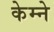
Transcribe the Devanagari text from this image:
केम्ने